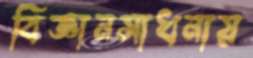
বিজ্ঞানসাধনায়